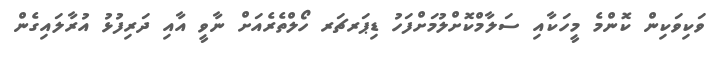
ވަކިވަކިން ކޮންމެ މީހަކާއި ސަލާމްކޮށްލުމަށްފަހު ޑިޕަރޗަރ ހޯލްތެރެއަށް ނާވީ އާއި ދަރިފުޅު އުރާލައިގެން